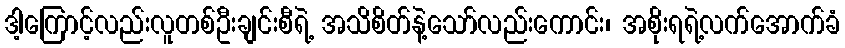
ဒါ့ကြောင့်လည်းလူတစ်ဦးချင်းစီရဲ့ အသိစိတ်နဲ့သော်လည်းကောင်း၊ အစိုးရရဲ့လက်အောက်ခံ